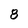
Character: 8